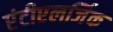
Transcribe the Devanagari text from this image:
एंटीएलर्जिक